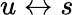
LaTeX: u\leftrightarrow s